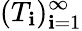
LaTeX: (T_{\mathbf{i}})_{\mathbf{i}=1}^{\infty}